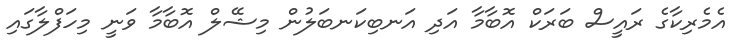
އެމެރިކާގެ ރައީސް ބަރަކް އޮބާމާ އަދި އަނބިކަނބަލުން މިޝޭލް އޮބާމާ ވަނީ މިހަފްލާގައި